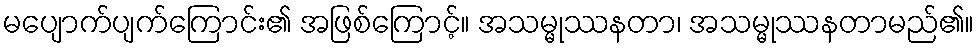
မပျောက်ပျက်ကြောင်း၏ အဖြစ်ကြောင့်။ အသမ္မုဿနတာ၊ အသမ္မုဿနတာမည်၏။